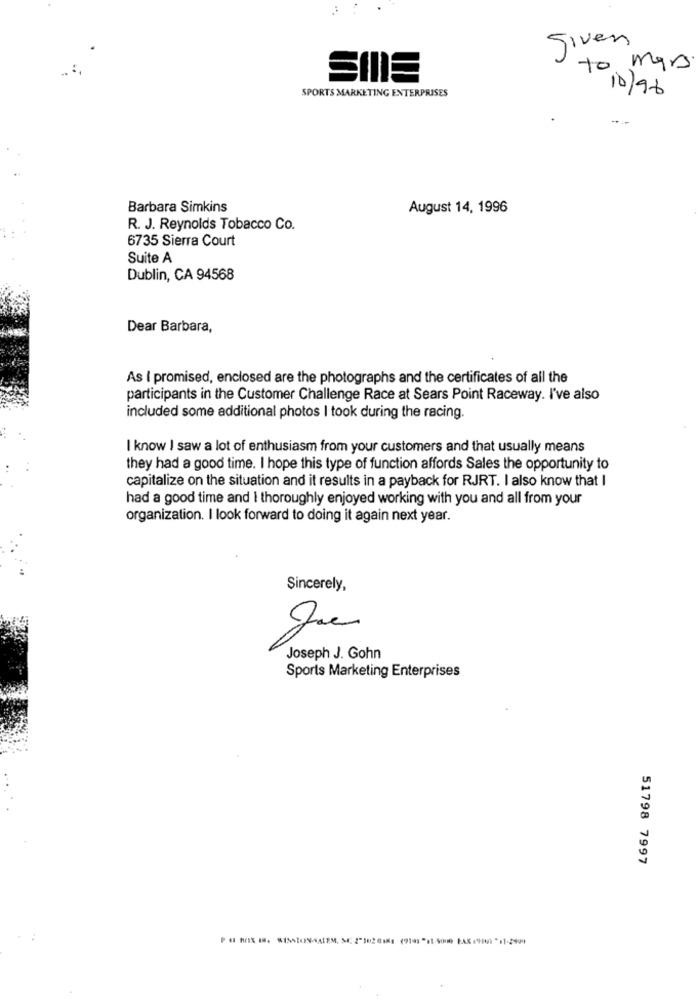
given
to mars
SPORTS MARKETING ENTERPRISES
10/96
Barbara Simkins
August 14, 1996
R. J. Reynolds Tobacco Co.
6735 Sierra Court
Suite A
Dublin, CA 94568
Dear Barbara,
As ( promised, enclosed are the photographs and the certificates of all the
participants in the Customer Challenge Race at Sears Point Raceway. I've also
included some additional photos I took during the racing.
I know I saw a lot of enthusiasm from your customers and that usually means
they had a good time. I hope this type of function affords Sales the opportunity to
capitalize on the situation and it results in a payback for RJRT. I also know that I
had a good time and I thoroughly enjoyed working with you and all from your
organization. I look forward to doing it again next year.
Sincerely,
Joseph J. Gohn
Sports Marketing Enterprises
51798 7997